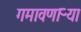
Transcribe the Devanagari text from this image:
गमावणाऱ्या